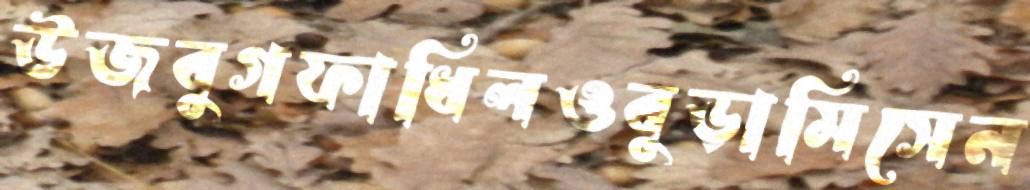
উজবুগফাধিলওবুড়ামিসেন